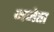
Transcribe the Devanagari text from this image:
भजेता